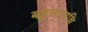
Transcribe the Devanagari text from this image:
बहुजनपल्लि